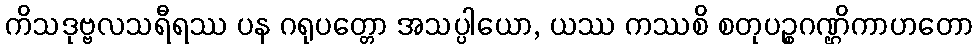
ကိသဒုဗ္ဗလသရီရဿ ပန ဂရုပတ္တော အသပ္ပါယော, ယဿ ကဿစိ စတုပဉ္စဂဏ္ဌိကာဟတော